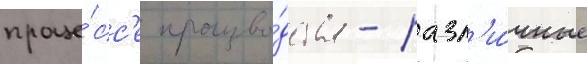
проце́сс'е произво́дства - разл'и́чные